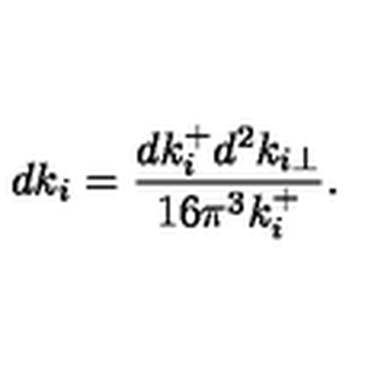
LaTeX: d k _ { i } = { \frac { d k _ { i } ^ { + } d ^ { 2 } k _ { i \perp } } { 1 6 \pi ^ { 3 } k _ { i } ^ { + } } } .